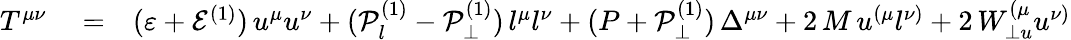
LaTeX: \begin{array}{rlr}{T^{\mu\nu}}&{{}=}&{(\varepsilon+\mathcal{E}^{(1)})\, u^{\mu}u^{\nu}+(\mathcal{P}_{l}^{(1)}-\mathcal{P}_{\perp}^{(1)})\, l^{\mu}l^{\nu}+(P+\mathcal{P}_{\perp}^{(1)})\, \Delta^{\mu\nu}+2\, M\, u^{\left(\mu\right.}l^{\left.\nu\right)}+2\, W_{\perp u}^{\left(\mu\right.}u^{\left.\nu\right)}}\end{array}